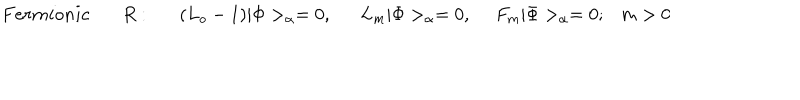
F e r m i o n i c ~ R : ( L _ { o } - 1 ) | \Phi > _ { \alpha } = 0 , L _ { m } | \Phi > _ { \alpha } = 0 , ~ ~ F _ { m } | \Phi > _ { \alpha } = 0 ; m > 0